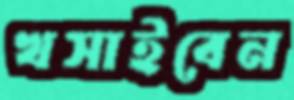
খসাইবেন